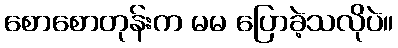
စောစောတုန်းက မမ ပြောခဲ့သလိုပဲ။